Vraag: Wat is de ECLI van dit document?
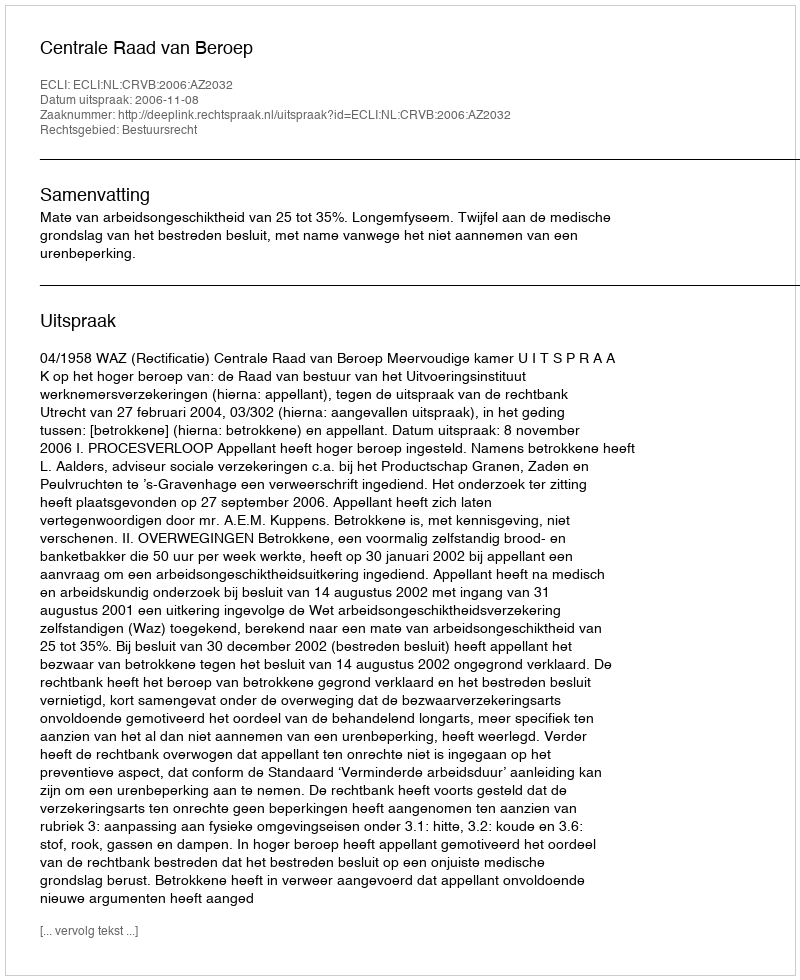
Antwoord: ECLI:NL:CRVB:2006:AZ2032